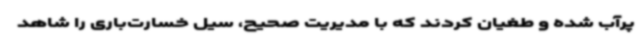
پرآب شده و طغیان کردند که با مدیریت صحیح، سیل خسارت‌باری را شاهد